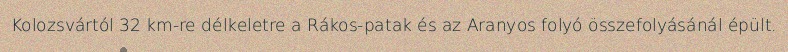
Kolozsvártól 32 km-re délkeletre a Rákos-patak és az Aranyos folyó összefolyásánál épült.